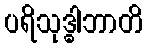
ပရိသုဒ္ဓါဘာတိ